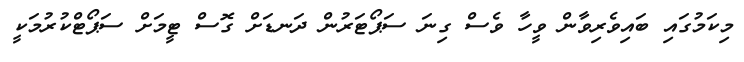
މިކަމުގައި ބައިވެރިވާން ވީހާ ވެސް ގިނަ ސަޕޯޓަރުން ދަނޑަށް ގޮސް ޓީމަށް ސަޕޯޓްކުރުމަކީ